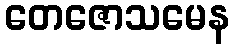
တေဇောသမေန